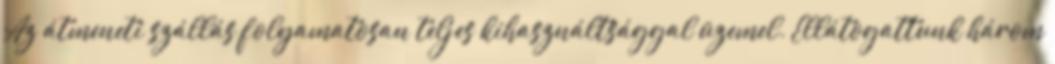
Az átmeneti szállás folyamatosan teljes kihasználtsággal üzemel. Ellátogattunk három